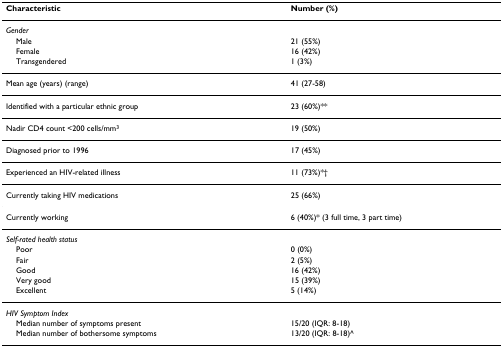
<table><thead><tr><td><b>Characteristic</b></td><td><b>Number (%)</b></td></tr></thead><tbody><tr><td><i>Gender</i></td><td></td></tr><tr><td> Male</td><td>21 (55%)</td></tr><tr><td> Female</td><td>16 (42%)</td></tr><tr><td> Transgendered</td><td>1 (3%)</td></tr><tr><td>Mean age (years) (range)</td><td>41 (27-58)</td></tr><tr><td>Identified with a particular ethnic group</td><td>23 (60%)**</td></tr><tr><td>Nadir CD4 count &lt;200 cells/mm<sup>3</sup></td><td>19 (50%)</td></tr><tr><td>Diagnosed prior to 1996</td><td>17 (45%)</td></tr><tr><td>Experienced an HIV-related illness</td><td>11 (73%)*†</td></tr><tr><td>Currently taking HIV medications</td><td>25 (66%)</td></tr><tr><td>Currently working</td><td>6 (40%)* (3 full time, 3 part time)</td></tr><tr><td><i>Self-rated health status</i></td><td></td></tr><tr><td> Poor</td><td>0 (0%)</td></tr><tr><td> Fair</td><td>2 (5%)</td></tr><tr><td> Good</td><td>16 (42%)</td></tr><tr><td> Very good</td><td>15 (39%)</td></tr><tr><td> Excellent</td><td>5 (14%)</td></tr><tr><td><i>HIV Symptom Index</i></td><td></td></tr><tr><td> Median number of symptoms present</td><td>15/20 (IQR: 8-18)</td></tr><tr><td> Median number of bothersome symptoms</td><td>13/20 (IQR: 8-18)^</td></tr></tbody></table>